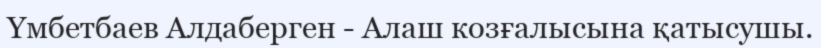
Үмбетбаев Алдаберген - Алаш козғалысына қатысушы.